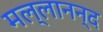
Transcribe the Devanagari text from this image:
मल्लानन्द